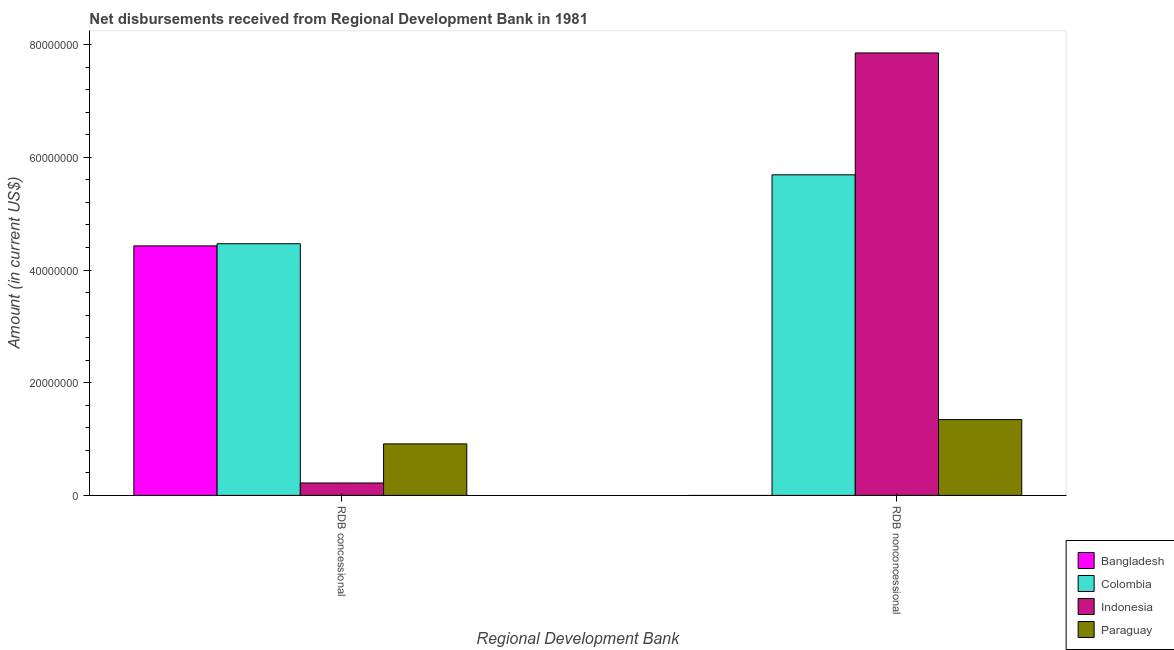
| Regional Development Bank | Bangladesh | Colombia | Indonesia | Paraguay |
 | --- | --- | --- | --- | --- |
 | RDB concessional | 4.43e+07 | 4.47e+07 | 2.2e+06 | 9.14e+06 |
 | RDB nonconcessional | -3.31e+05 | 5.69e+07 | 7.85e+07 | 1.35e+07 |